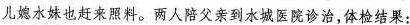
儿媳水妹也赶来照料。两人陪父亲到水城医院诊治。体检结果：